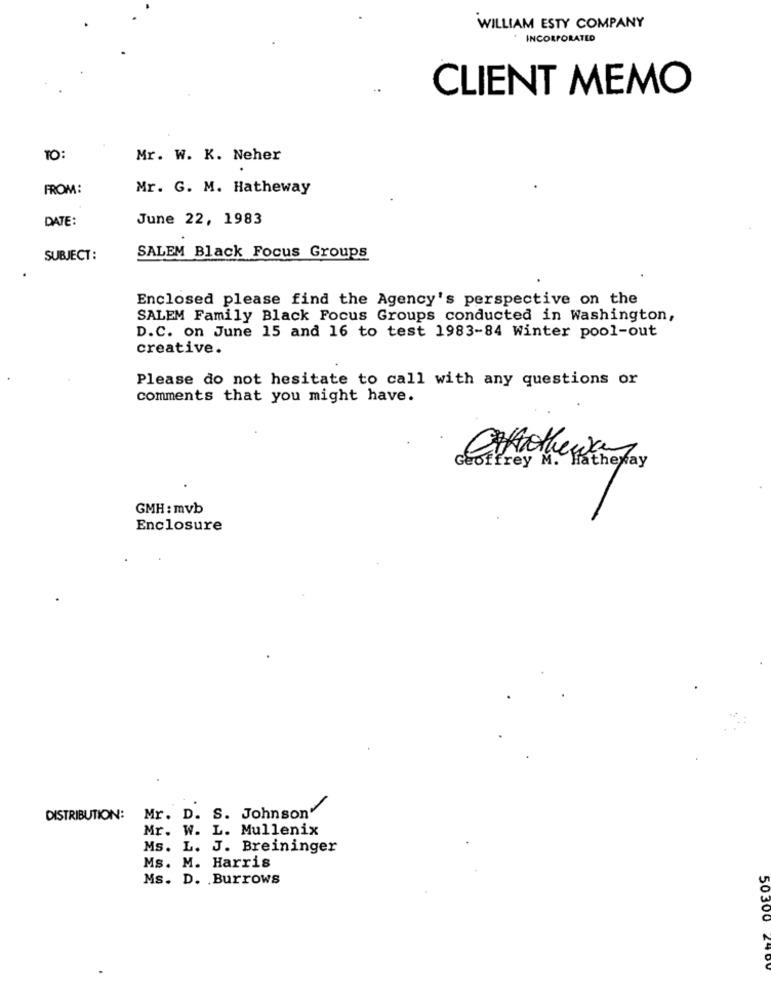
WILLIAM ESTY COMPANY
INCORPORATED
CLIENT MEMO
TO:
Mr. W. K. Neher
FROM:
Mr. G. M. Hatheway
DATE:
June 22, 1983
SUBJECT:
SALEM Black Focus Groups
Enclosed please find the Agency's perspective on the
SALEM Family Black Focus Groups conducted in Washington,
D.C. on June 15 and 16 to test 1983-84 Winter pool-out
creative.
Please do not hesitate to call with any questions or
comments that you might have.
GMH: mvb
Enclosure
Mr. D. S. Johnson
DISTRIBUTION:
Mr. W. L. Mullenix
Ms. L. J. Breininger
Ms. M. Harris
Ms. D. Burrows
50300 245